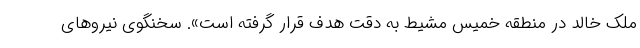
ملک خالد در منطقه خمیس مشیط به دقت هدف قرار گرفته است». سخنگوی نیروهای